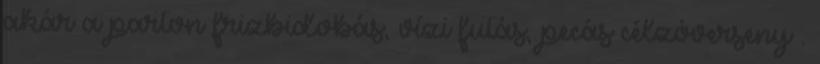
akár a parton frizbidobás, vízi futás, pecás célzóverseny .